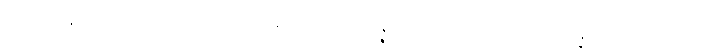
အတီတန္တိ ရတ္တာဝသေသံ ဣဋ္ဌဣဋ္ဌမဇ္ဈတ္တေသု ဘိဇ္ဇေယျ ဟေဋ္ဌာပါသာဒဿ ပန္နရသမူလကေ လ္တု